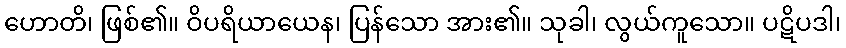
ဟောတိ၊ ဖြစ်၏။ ဝိပရိယာယေန၊ ပြန်သော အား၏။ သုခါ၊ လွယ်ကူသော။ ပဋိပဒါ၊